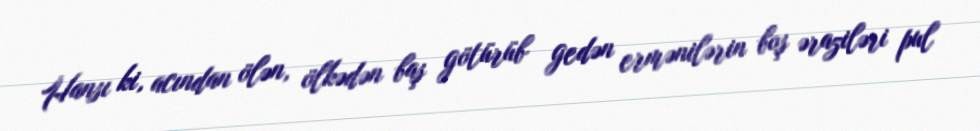
Hansı ki, acından ölən, ölkədən baş götürüb gedən ermənilərin boş əraziləri pul